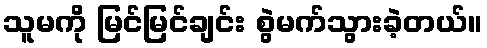
သူမကို မြင်မြင်ချင်း စွဲမက်သွားခဲ့တယ်။